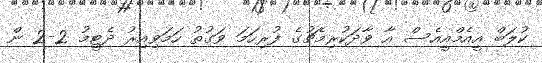
ކުލަބް އީއެމްއީއެސް އާ ވާދަކުރިމެޗުގެ ފުރިހަމަ ވަގުތު ހަމަވިއިރު ދެޓީމު 2-2 ން